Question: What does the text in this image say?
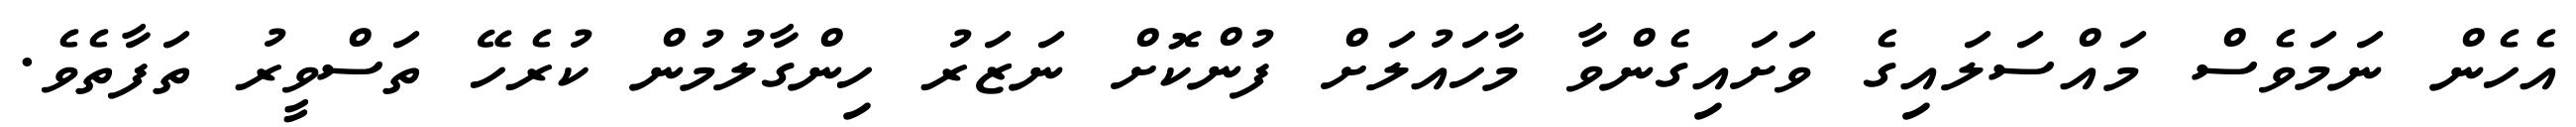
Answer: އެހެން ނަމަވެސް މައްސަލައިގެ ވަށައިގެންވާ މާހައުލަށް ފުންކޮށް ނަޒަރު ހިންގާލުމުން ކުރެހޭ ތަސްވީރު ތަފާތެވެ.